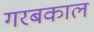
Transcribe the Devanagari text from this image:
गरबकाल